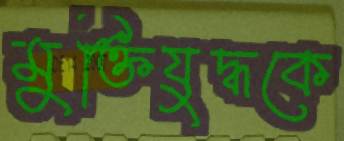
মুক্তিযুদ্ধকে